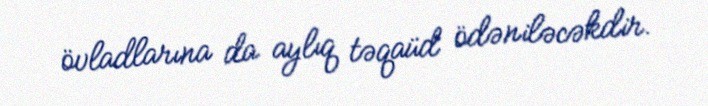
övladlarına da aylıq təqaüd ödəniləcəkdir.